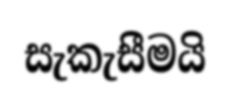
සැකැසීමයි